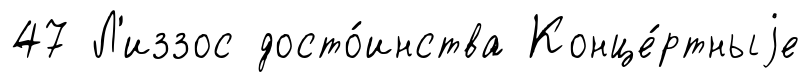
47 Л'иззос досто́инства Конце́ртныjе